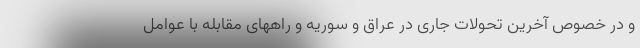
و در خصوص آخرین تحولات جاری در عراق و سوریه و راههای مقابله با عوامل